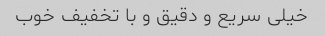
خیلی سریع و دقیق و با تخفیف خوب